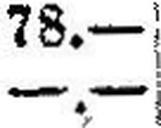
—.—